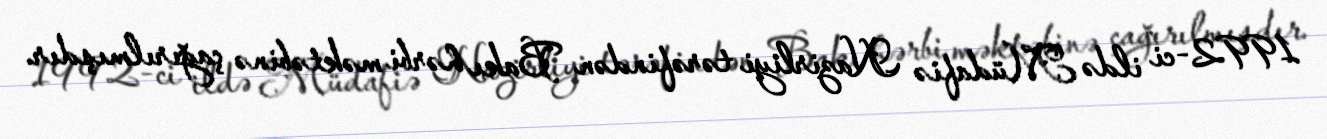
1992-ci ildə Müdafiə Nazirliyi tərəfindən Bakı hərbi məktəbinə çağırılmışdır.